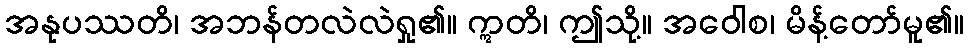
အနုပဿတိ၊ အဘန်တလဲလဲရှု၏။ ဣတိ၊ ဤသို့။ အဝေါစ၊ မိန့်တော်မူ၏။